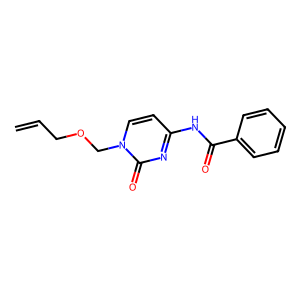
SMILES: C=CCOCn1ccc(NC(=O)c2ccccc2)nc1=O
Inhibits HIV replication: No